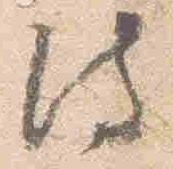
侍